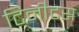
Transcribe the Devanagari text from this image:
टिनीटस